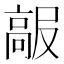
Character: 𱅺